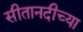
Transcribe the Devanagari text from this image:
सीतानदीच्या